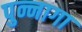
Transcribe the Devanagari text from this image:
पुन्नागा